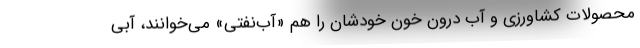
محصولات كشاورزي و آب درون خون خودشان را هم «آب‌نفتي» مي‌خوانند، آبي